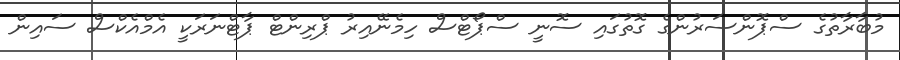
މުބާރާތުގެ ސްޕޮންސަރުންގެ ގޮތުގައި ސޮނީ ސްޕޯޓްސް ހިމެނޭއިރު ޕްރިންޓް ޕާޓްނަރަކީ އެމްްއެކްސް ސައިން